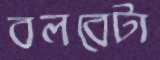
বলবেটা